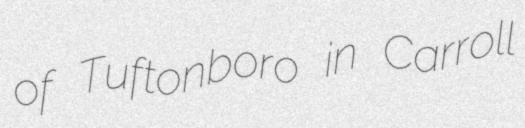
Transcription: of Tuftonboro in Carroll